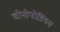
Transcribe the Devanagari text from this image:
चीनोपोडियम